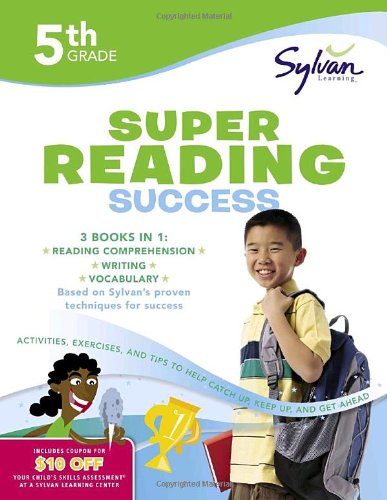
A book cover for Fifth Grade Super Reading Success (Sylvan Super Workbooks) (Language Arts Super Workbooks); Sylvan Learning; Reference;